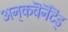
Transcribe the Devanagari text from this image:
अन्‌कवॆनॆंटॆड्